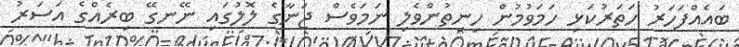
ބައެއްފަހަރު ހަތަރުކަޅި ހަމަވުމުން ހިނިތުންވެލި ނަމަވެސް ޖަނާގެ ލޮލުގައި ނޭނގޭ ބިރެއްގެ އަސަރު